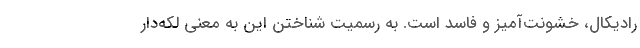
رادیکال، خشونت‌آمیز و فاسد است. به رسمیت شناختن این به معنی لکه‌دار